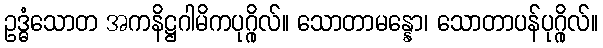
ဥဒ္ဓံသောတ အကနိဋ္ဌဂါမိကပုဂ္ဂိုလ်။ သောတာမန္နော၊ သောတာပန်ပုဂ္ဂိုလ်။